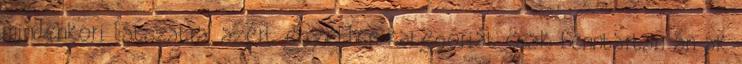
mindenkori látszatra, azért egyetlen kategóriát csak fenntartan án ak